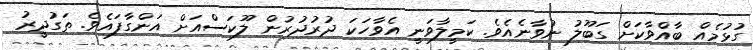
ގުޅުމެއް ބާއްވާކަށް ގަބޫލު ނުވާނެއެވެ. ކަމީލާވަނީ އެވާހަކަ ދުރުދުރުން ލޫކަސްއަށް އަންގާފައެވެ. ތަގުދީރު